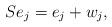
LaTeX: \begin{align*} Se_j = e_j + w_j,\ \ \ \end{align*}